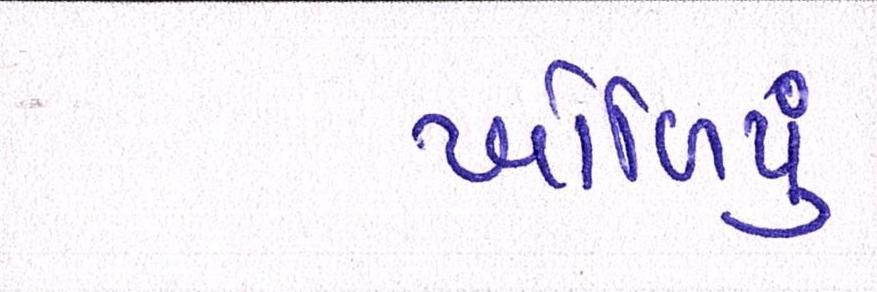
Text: ખોળિયું